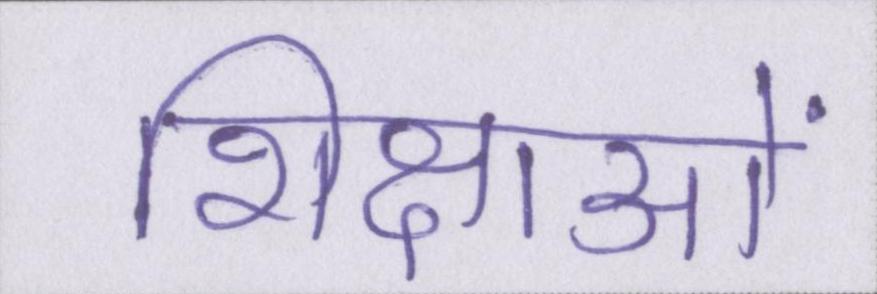
शिक्षाओं